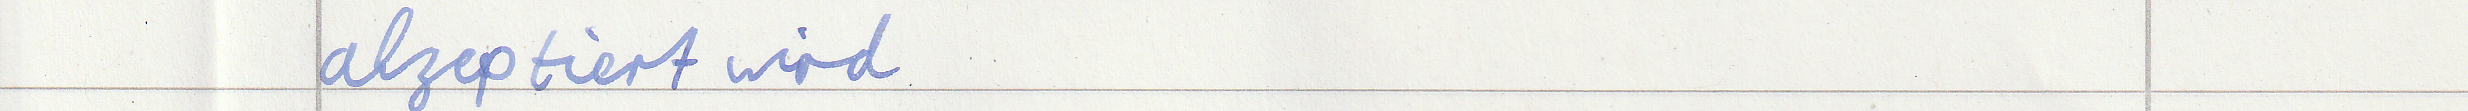
akzeptiert wird